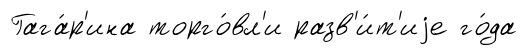
Гага́р'ина торго́вл'и разв'и́т'иjе го́да